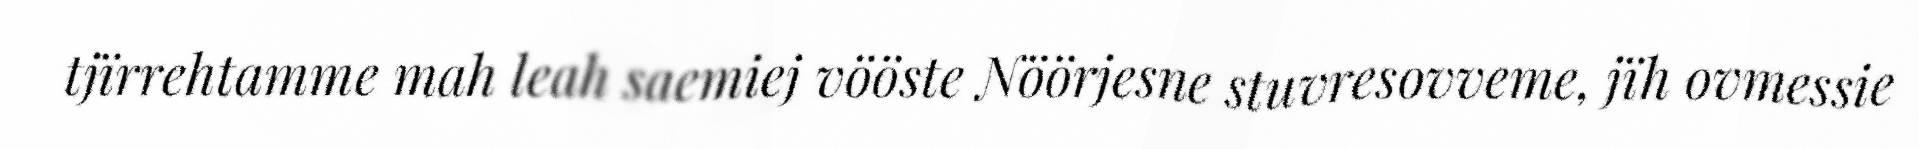
tjïrrehtamme mah leah saemiej vööste Nöörjesne stuvresovveme, jïh ovmessie